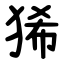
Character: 狶